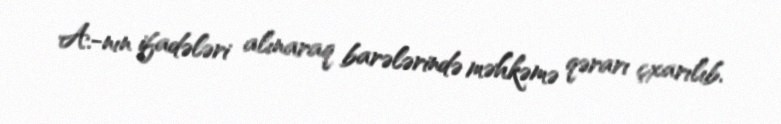
A.-nın ifadələri alınaraq barələrində məhkəmə qərarı çxarılıb.